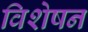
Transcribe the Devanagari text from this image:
विशेषन